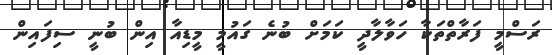
ރަސްމީ ފަރާތްތަކާ ހަވާލާދީ ކަމަށް ބުނެ ގައުމީ މީޑިއާ އިން ބުނީ ސިފައިން